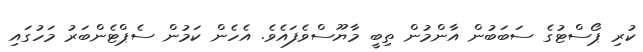
ކުރި ޕޯސްޓުގެ ސަބަބުން އާންމުން ތިބީ މާޔޫސްވެފައެވެ. އެހެން ކަމުން ސެޕްޓެންބަރު މަހުގައި